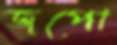
জপো